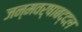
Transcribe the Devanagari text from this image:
जन्मवर्षाबद्दल